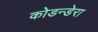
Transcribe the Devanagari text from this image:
कोडन्डेरा